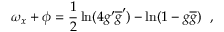
\omega _ { x } + \phi = \frac { 1 } { 2 } \ln ( 4 g ^ { \prime } \overline { { { g } } } ^ { \prime } ) - \ln ( 1 - g \overline { { { g } } } ) ~ ~ ,